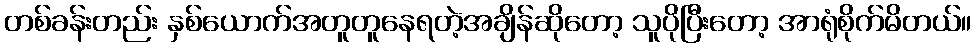
တစ်ခန်းတည်း နှစ်ယောက်အတူတူနေရတဲ့အချိန်ဆိုတော့ သူပိုပြီးတော့ အာရုံစိုက်မိတယ်။